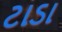
ટાડા